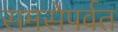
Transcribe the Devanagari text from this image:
समसेपर्वत